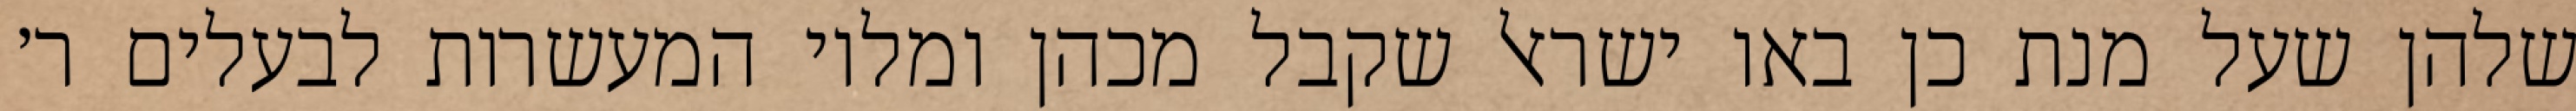
שלהן שעל מנת כן באו ישראל שקבל מכהן ומלוי המעשרות לבעלים ר׳